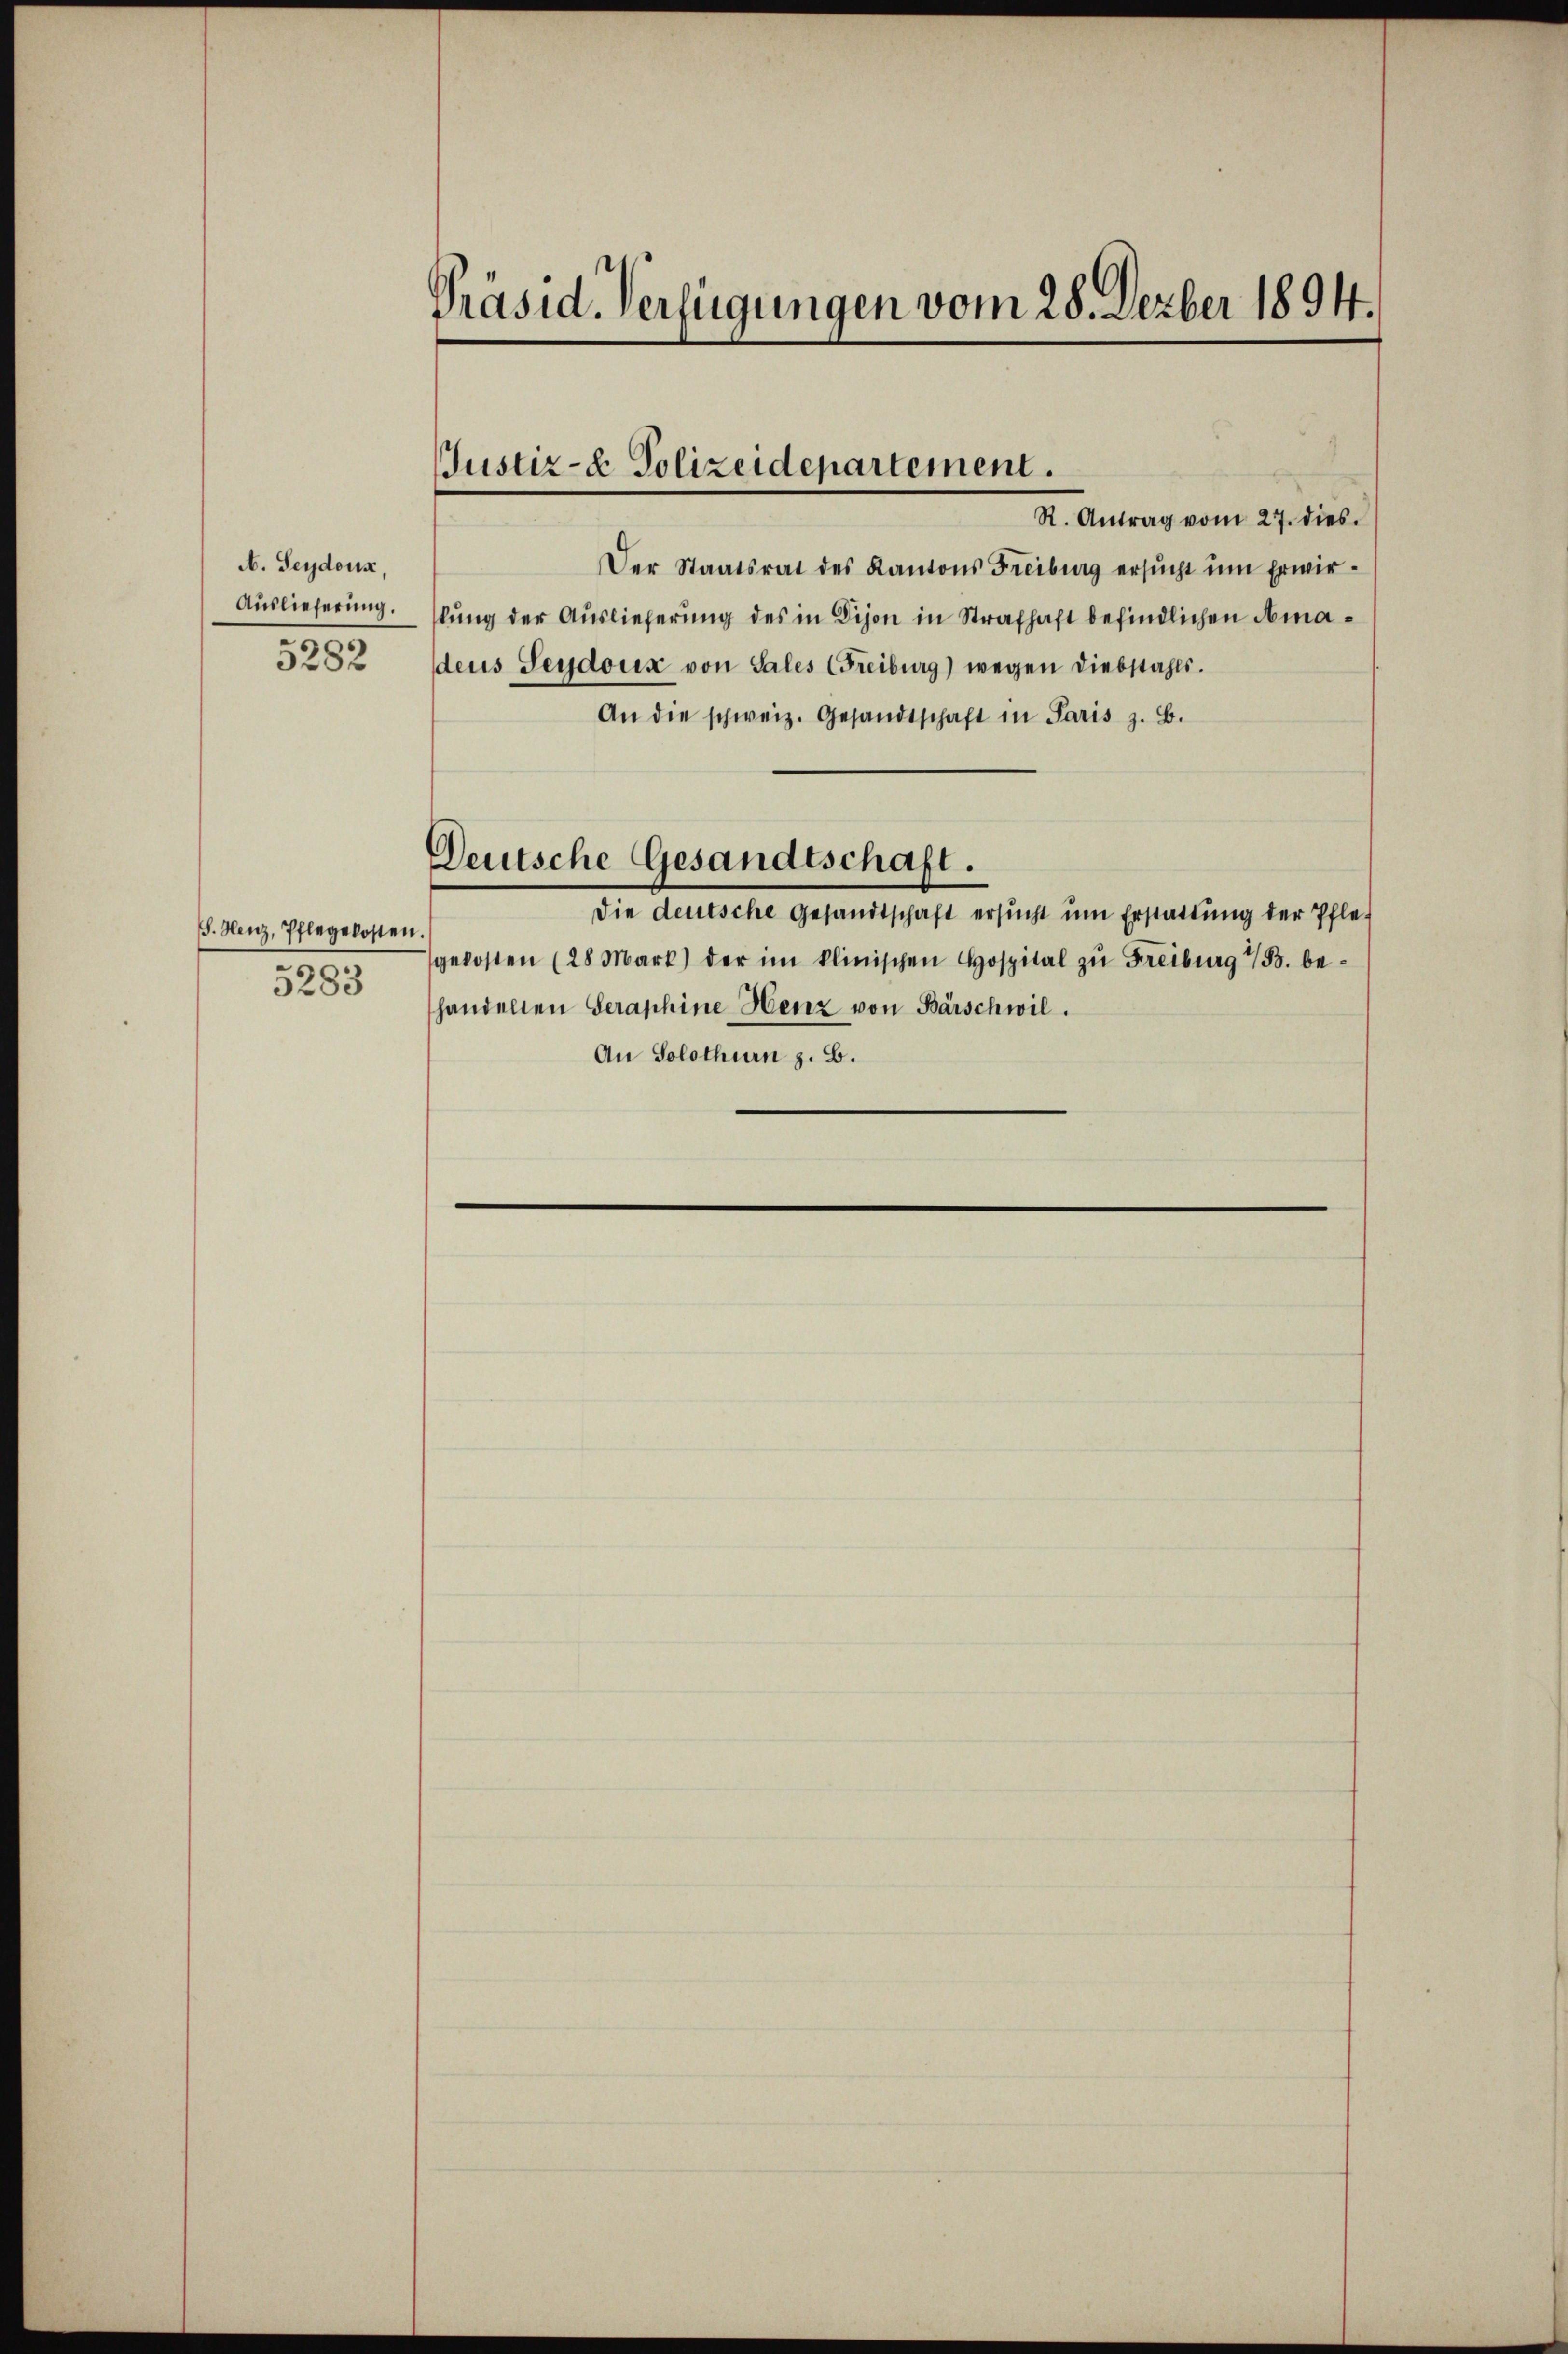
N. Seydoux,
Auslieferung.
5282

S. Henz, Pflegekosten.
5283

Präsid. Verfügungen vom 28. Dezber 1894.

JJustiz- & Polizeidepartement.
R. Antrag vom 27. dies

Der Staatsrat des Kantons Freiburg ersŭcht ŭm Erwirkung der Auslieferung des in Dijon in Strafhaft befindlichen Amadeus Leydoux von Sales (Freiburg) wegen Diebstahls.
An die schweiz. Gesandtschaft in Paris z. B.
Deutsche Gesandtschaft.
die deutsche Gesandtschaft ersŭcht ŭm Erstattung der Pfle-
gekosten (28 Mart) der im klinischen Hospital zŭ Freiburg B. be-
handellen Geraphine Henz von Bärschwil.
An Solothurn z. B.